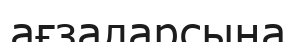
ағзаларсына